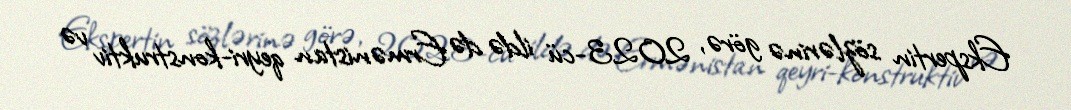
Ekspertin sözlərinə görə, 2023-cü ildə də Ermənistan qeyri-konstruktiv və